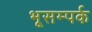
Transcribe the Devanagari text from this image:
भूसम्पर्क